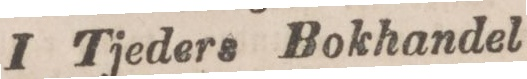
I Tjeders Bokhandel